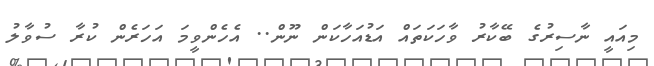
މިއައީ ނާސިރުގެ ބޭކާރު ވާހަކަތައް އަޑުއަހާކަން ނޫން.. އެހެންވީމަ އަހަރެން ކުރާ ސުވާލު